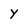
Character: Y